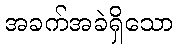
အခက်အခဲရှိသော